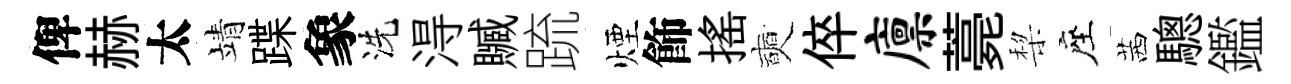
俾赫太靖蹀象洗淂贓䟽煙飾揺奭倅廪薧棃座茜驄鑑